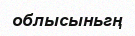
облысыньгң